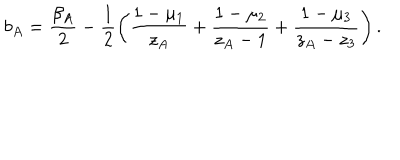
LaTeX: b _ { A } = \frac { \beta _ { A } } { 2 } - \frac { 1 } { 2 } \left( \frac { 1 - \mu _ { 1 } } { z _ { A } } + \frac { 1 - \mu _ { 2 } } { z _ { A } - 1 } + \frac { 1 - \mu _ { 3 } } { z _ { A } - z _ { 3 } } \right) .